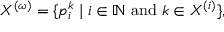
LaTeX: X ^ { ( \omega ) } = \{ p _ { i } ^ { k } \mid i \in \mathbb { N } { \mathrm { ~ a n d ~ } } k \in X ^ { ( i ) } \} ,